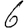
Digit: 6